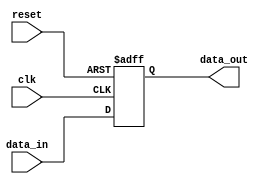
module buffer_delay(
    input wire clk,
    input wire reset,
    input wire [7:0] data_in,
    output reg [7:0] data_out
);

reg [7:0] buffer_reg;

always @(posedge clk or posedge reset) begin
    if(reset) begin
        buffer_reg <= 8'b0;
    end else begin
        buffer_reg <= data_in;
    end
end

assign data_out = buffer_reg;

endmodule